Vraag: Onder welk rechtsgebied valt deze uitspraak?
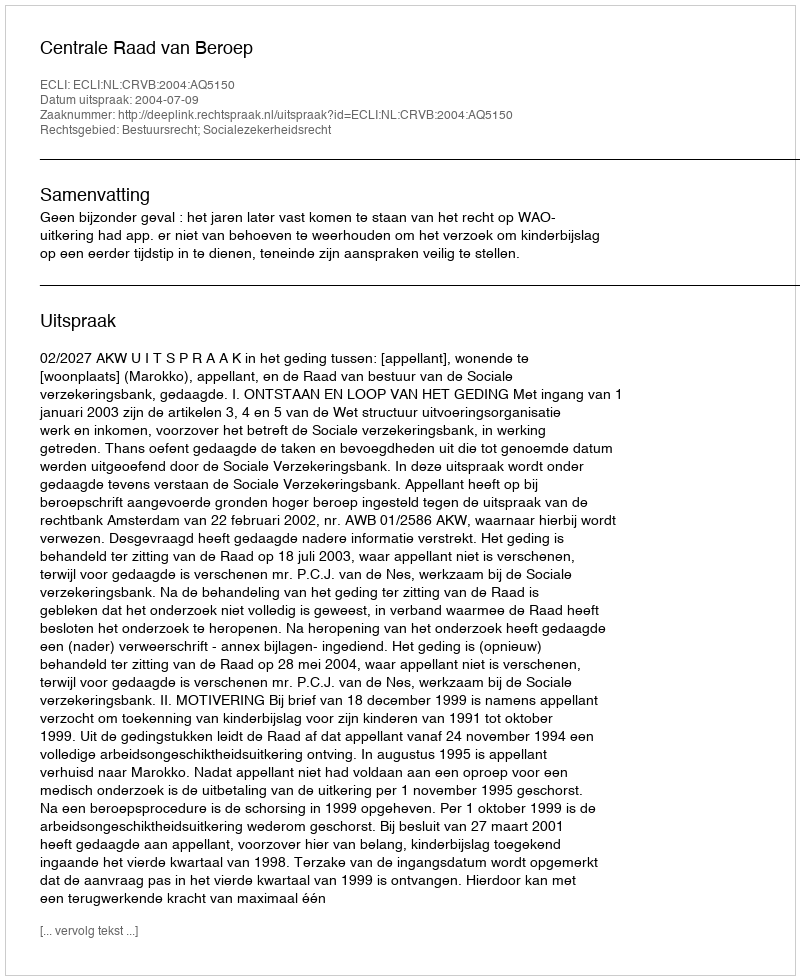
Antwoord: Bestuursrecht; Socialezekerheidsrecht